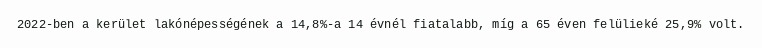
2022-ben a kerület lakónépességének a 14,8%-a 14 évnél fiatalabb, míg a 65 éven felülieké 25,9% volt.